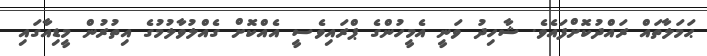
ޙަމަލާތައް ރައްދުކޮށްފައެވެ. ޝާހިދު ވަނީ އެމީހުންގެ ޕްރައިވެސީ އެއްކޮށް ގެއްލުވާލުމުގެ އިތުރުން މީޑިއާގައި